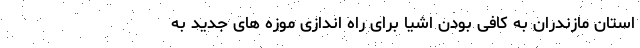
استان مازندران به کافی بودن اشیا برای راه اندازی موزه های جدید به